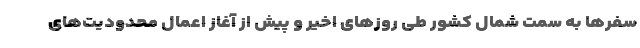
سفرها به سمت شمال کشور طی روزهای اخیر و پیش از آغاز اعمال محدودیت‌های